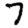
Digit: 7